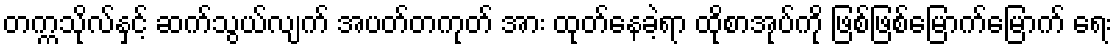
တက္ကသိုလ်နှင့် ဆက်သွယ်လျက် အပတ်တကုတ် အား ထုတ်နေခဲ့ရာ ထိုစာအုပ်ကို ဖြစ်ဖြစ်မြောက်မြောက် ရေး